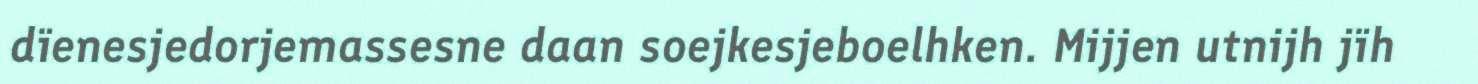
dïenesjedorjemassesne daan soejkesjeboelhken. Mijjen utnijh jïh